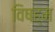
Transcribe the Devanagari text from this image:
विषह्म